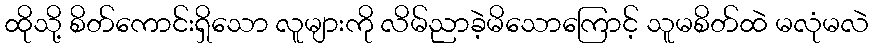
ထိုသို့ စိတ်ကောင်းရှိသော လူများကို လိမ်ညာခဲ့မိသောကြောင့် သူမစိတ်ထဲ မလုံမလဲ